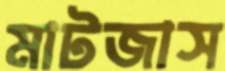
মাটজাস